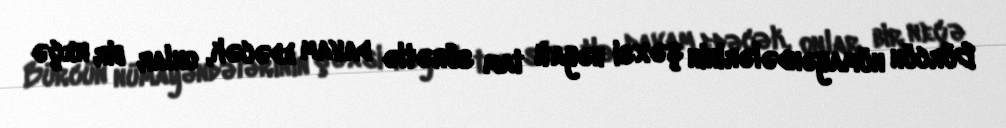
Bürcün nümayəndələrinin şəxsi həyatı tam sürətlə davam edəcək, onlar bir neçə